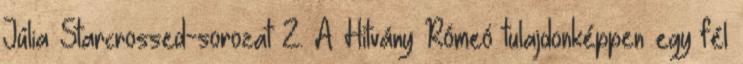
Júlia Starcrossed-sorozat 2. A Hitvány Rómeó tulajdonképpen egy fél